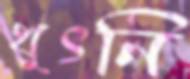
থুৎনি